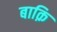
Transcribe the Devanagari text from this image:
बाक़ि